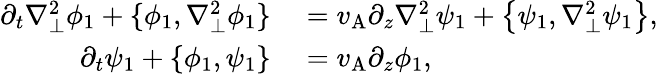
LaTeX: \begin{array}{rl}{\partial_{t}\nabla_{\perp}^{2}\phi_{1}+\{ \phi_{1},\nabla_{\perp}^{2}\phi_{1}\} }&{{}=v_{\mathrm{A}}\partial_{z}\nabla_{\perp}^{2}\psi_{1}+\left\{ \psi_{1},\nabla_{\perp}^{2}\psi_{1}\right\} ,}\\ {\partial_{t}\psi_{1}+\{ \phi_{1},\psi_{1}\} }&{{}=v_{\mathrm{A}}\partial_{z}\phi_{1},}\end{array}